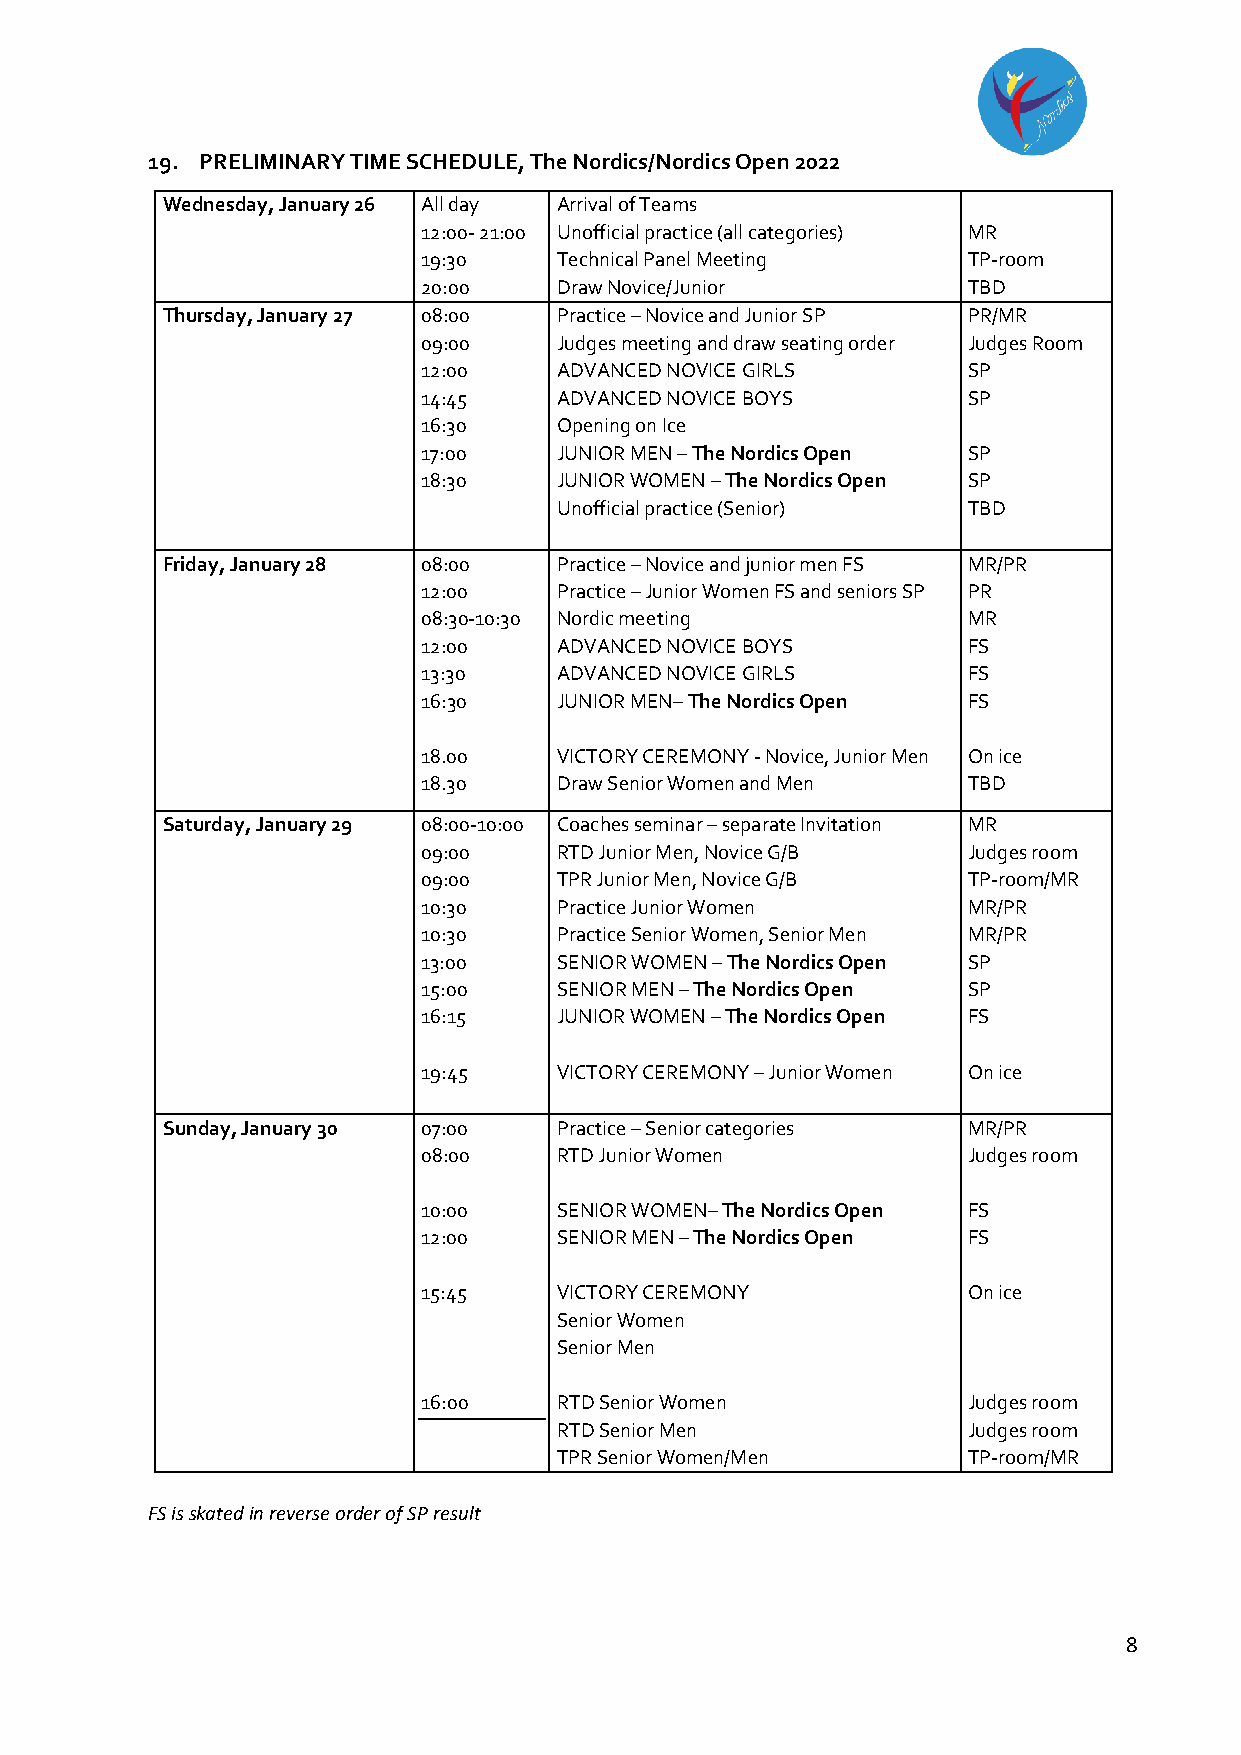
19. PRELIMINARY TIME SCHEDULE, The Nordics/Nordics Open 2022
 Wednesday, January 26 All day Arrival of Teams
 12:00- 21:00 Unofficial practice (all categories) MR
 19:30    Technical Panel Meeting    TP-room
 20:00    Draw Novice/Junior         TBD
 Thursday, January 27 08:00 Practice – Novice and Junior SP PR/MR
 09:00    Judges meeting and draw seating order Judges Room
 12:00    ADVANCED NOVICE GIRLS      SP
 14:45    ADVANCED NOVICE BOYS       SP
 16:30    Opening on Ice
 17:00    JUNIOR MEN – The Nordics Open SP
 18:30    JUNIOR WOMEN – The Nordics Open SP
 Unofficial practice (Senior) TBD
 Friday, January 28 08:00  Practice – Novice and junior men FS MR/PR
 12:00    Practice – Junior Women FS and seniors SP PR
 08:30-10:30 Nordic meeting          MR
 12:00    ADVANCED NOVICE BOYS       FS
 13:30    ADVANCED NOVICE GIRLS      FS
 16:30    JUNIOR MEN– The Nordics Open FS
 18.00    VICTORY CEREMONY - Novice, Junior Men On ice
 18.30    Draw Senior Women and Men  TBD
 Saturday, January 29 08:00-10:00 Coaches seminar – separate Invitation MR
 09:00    RTD Junior Men, Novice G/B Judges room
 09:00    TPR Junior Men, Novice G/B TP-room/MR
 10:30    Practice Junior Women      MR/PR
 10:30    Practice Senior Women, Senior Men MR/PR
 13:00    SENIOR WOMEN – The Nordics Open SP
 15:00    SENIOR MEN – The Nordics Open SP
 16:15    JUNIOR WOMEN – The Nordics Open FS
 19:45    VICTORY CEREMONY – Junior Women On ice
 Sunday, January 30 07:00  Practice – Senior categories MR/PR
 08:00    RTD Junior Women           Judges room
 10:00    SENIOR WOMEN– The Nordics Open FS
 12:00    SENIOR MEN – The Nordics Open FS
 15:45    VICTORY CEREMONY           On ice
 Senior Women
 Senior Men
 16:00    RTD Senior Women           Judges room
 RTD Senior Men             Judges room
 TPR Senior Women/Men       TP-room/MR
 FS is skated in reverse order of SP result
 8